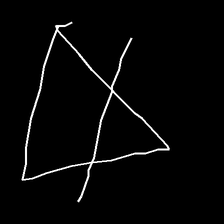
Glyph: empower